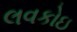
લવકોઇ